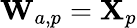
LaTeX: \mathbf{W}_{a,p}=\mathbf{X}_{p}